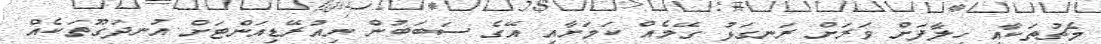
މެޗުތަކާއި ހިލާފަށް ވަރަށް ރަނގަޅު ގޭމެއް ކަމަށާއި އޭގެ ސަބަބުން ނިއުރޭޑިއަންޓަށް އުނދަގޫތަކެއް